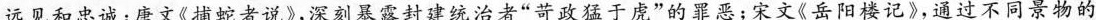
远见和忠诚；唐文《捕蛇者说》，深刻暴露封建统治者”苛政猛于成”的罪恶；宋文《岳阳楼记》，通过不同景物的